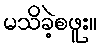
မသိခဲ့စဖူး။